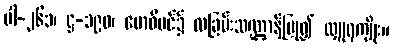
ပါ-၂၆၁၊ ဋ္ဌ-၁၉၀၊ ဗောဓိပင်၌ လခြမ်းသဏ္ဌာန်ပြု၍ လှူရကျိုး။